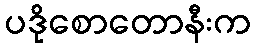
ပဒိုစောတောနီးက